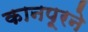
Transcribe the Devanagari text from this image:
कानपूरने